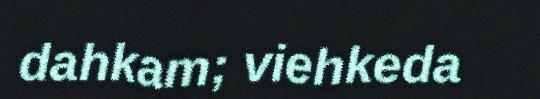
dahkam; viehkeda